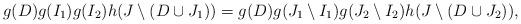
LaTeX: \begin{align*}g(D)g(I_1)g(I_2)h(J\setminus (D\cup J_1))=g(D)g(J_1\setminus I_1)g(J_2\setminus I_2)h(J\setminus (D\cup J_2)), \end{align*}